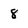
Character: 8